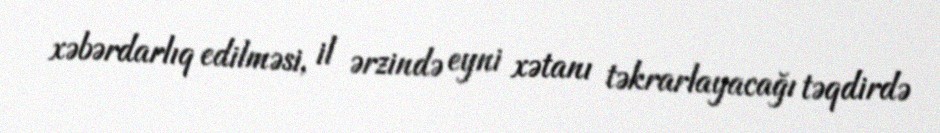
xəbərdarlıq edilməsi, il ərzində eyni xətanı təkrarlayacağı təqdirdə